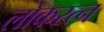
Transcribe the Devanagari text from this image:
लोकरत्न